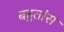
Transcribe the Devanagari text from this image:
बहुतांस